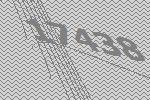
17438